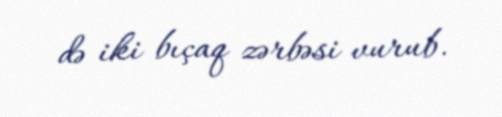
də iki bıçaq zərbəsi vurub.